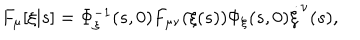
LaTeX: F _ { \mu } [ \xi | s ] = \Phi _ { \xi } ^ { - 1 } ( s , 0 ) F _ { \mu \nu } ( \xi ( s ) ) \Phi _ { \xi } ( s , 0 ) \dot { \xi } ^ { \nu } ( s ) ,